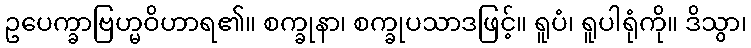
ဥပေက္ခာဗြဟ္မဝိဟာရ၏။ စက္ခုနာ၊ စက္ခုပသာဒဖြင့်။ ရူပံ၊ ရူပါရုံကို။ ဒိသွာ၊